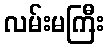
လမ်းမကြီး